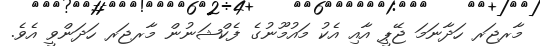
މާރޖަރ ހަދާނަމަ ޖޭޕީ އާއި އެކު މައުމޫނުގެ ފެކްޝަނުން މާރޖަރ ހަދަންވީ އެވެ.